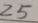
2 5